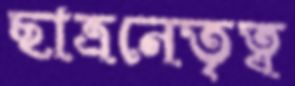
ছাত্রনেতৃত্ব